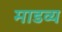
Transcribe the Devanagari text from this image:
माडव्य